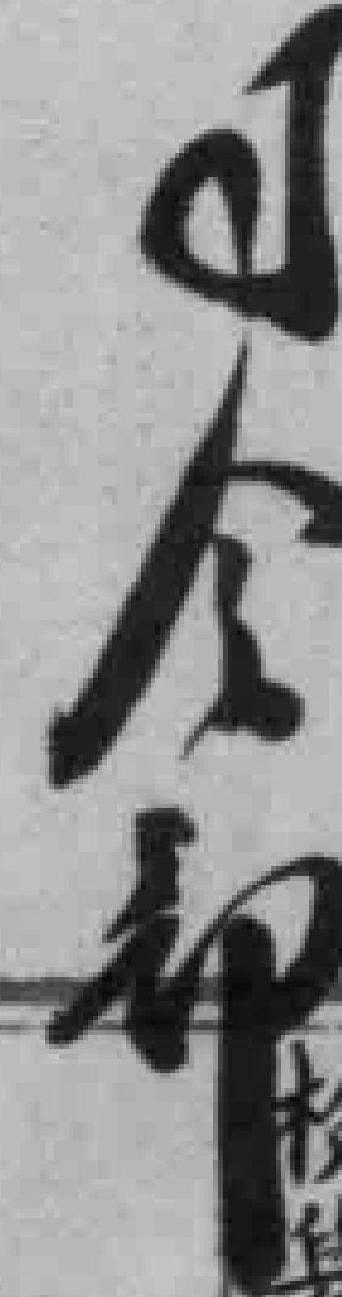
司令部